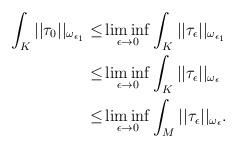
LaTeX: \begin{align*} \int_K ||\tau_0||_{\omega_{\epsilon_1}} \le&\liminf_{\epsilon\to 0} \int_K ||\tau_{\epsilon}||_{\omega_{\epsilon_1}}\\ \le & \liminf_{\epsilon\to 0} \int_K ||\tau_{\epsilon}||_{\omega_{\epsilon}}\\ \le &\liminf_{\epsilon\to 0} \int_M ||\tau_{\epsilon}||_{\omega_{\epsilon}}. \end{align*}